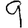
Digit: 9